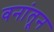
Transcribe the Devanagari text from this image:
वनांतून